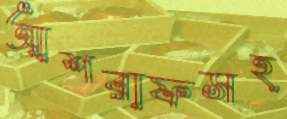
আশরাফসহ